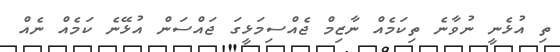
ތި އުޅެނީ ނުވާނެ ތިކަމެއް ނާޒިމް ޖެއްސިމަޅީގަ ޖައްސަން އުޅޭނެ ކަމެއް ނެއް